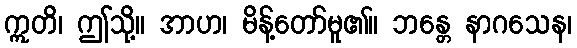
ဣတိ၊ ဤသို့။ အာဟ၊ မိန့်တော်မူ၏။ ဘန္တေ နာဂသေန၊